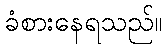
ခံစားနေရသည်။